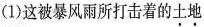
(1)这被暴风雨所打击着的\underset{·}{土}\underset{·}{地}